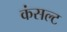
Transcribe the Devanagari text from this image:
कंसल्ट